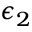
\epsilon _ { 2 }